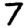
Digit: 7